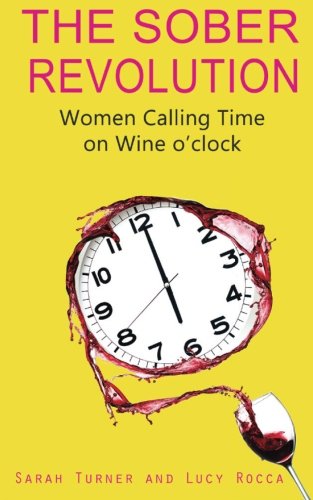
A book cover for The Sober Revolution: Women Calling Time on Wine O'Clock (Volume 1); Sarah Turner; Health, Fitness & Dieting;